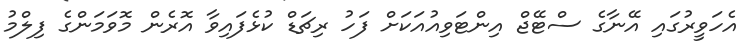
އެހަވީރުގައި އޭނާގެ ސްޓޭޖް އިންޓަވިއުއަކަށް ފަހު ރިޗަޑް ކުޅެފައިވާ އޮރެން މޮވަމަންގެ ފިލްމު